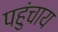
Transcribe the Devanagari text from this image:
पहुंचाय